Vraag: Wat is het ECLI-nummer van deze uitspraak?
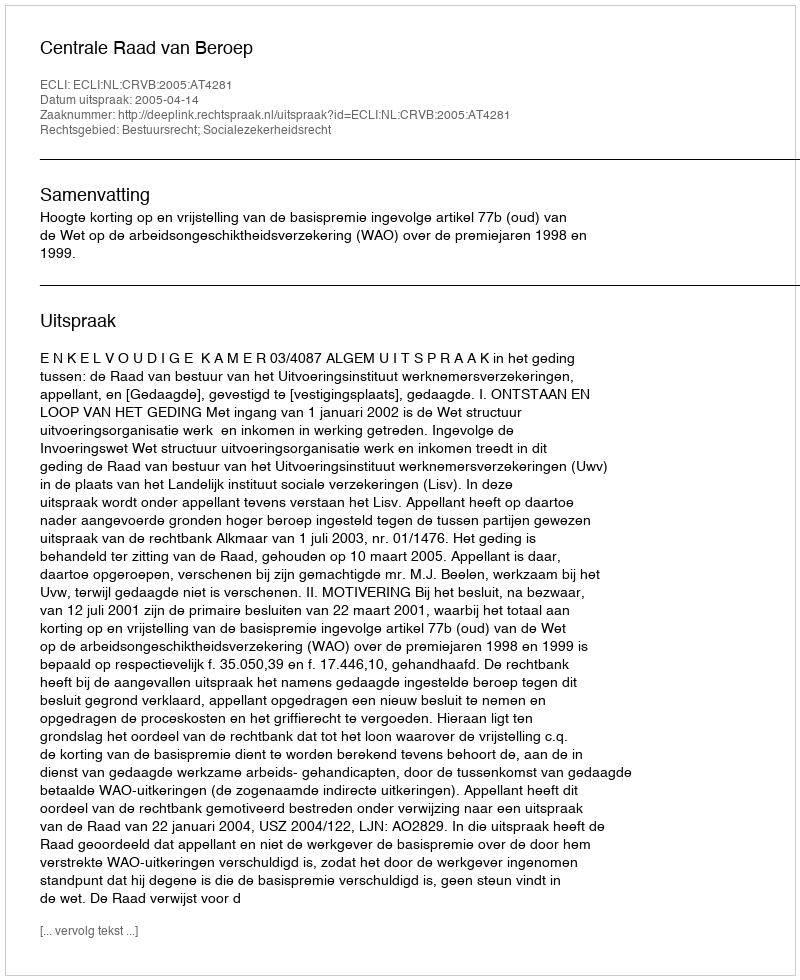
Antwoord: ECLI:NL:CRVB:2005:AT4281